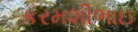
કરમશીભાઇ